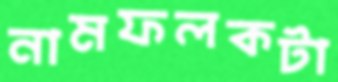
নামফলকটা